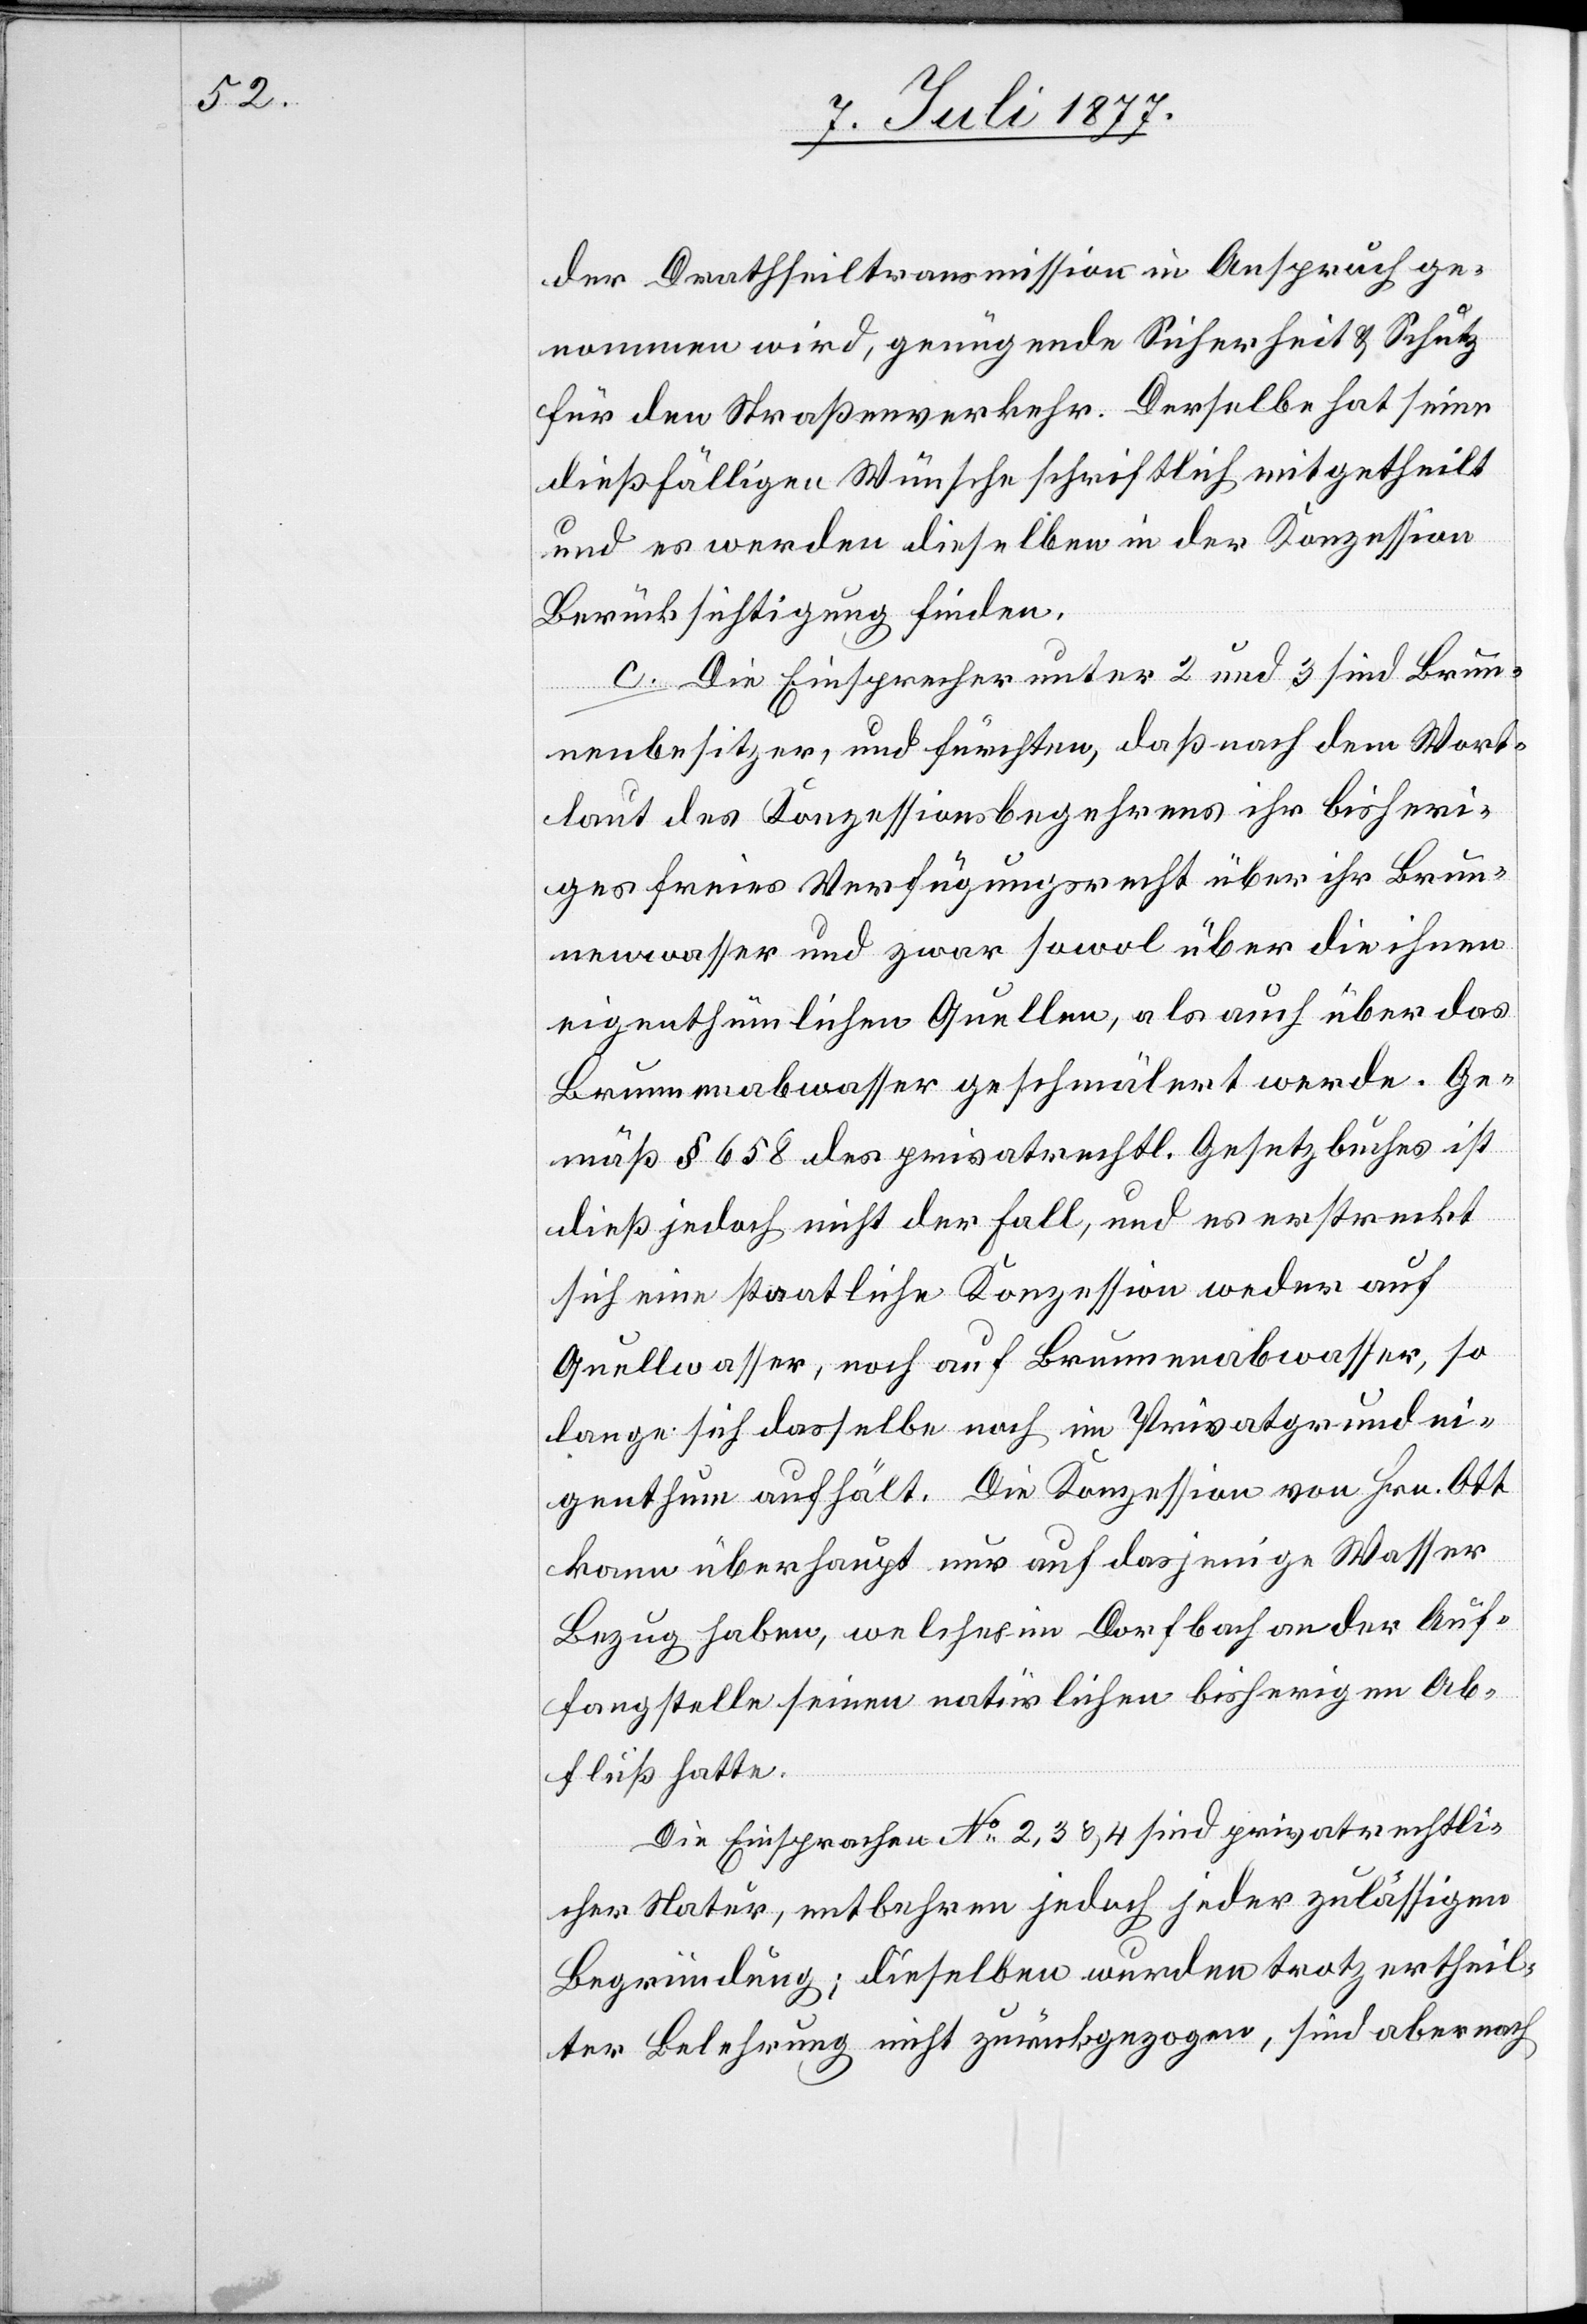
der Drathseiltransmission in Anspruch ge¬
nommen wird, genügende Sicherheit & Schutz
für den Straßenverkehr. Derselbe hat seine
dießfälligen Wünsche schriftlich mitgetheilt
und es werden dieselben in der Konzession
Berücksichtigung finden.
c. Die Einsprecher unter 2 und 3 sind Brun¬
nenbesitzer, und fürchten, daß nach dem Wort¬
laut des Konzessionsbegehrens ihr bisheri¬
ges freies Verfügungsrecht über ihr Brun¬
nenwasser und zwar sowol über die ihnen
eigenthümlichen Quellen, als auch über das
Brunnenabwasser geschmälert werde. Ge¬
mäß § 658 des privatrechtl. Gesetzbuches ist
dieß jedoch nicht der Fall, und es erstreckt
sich eine staatliche Konzession weder auf
Quellwasser, noch auf Brunnenabwasser, so
lange sich dasselbe noch im Privatgrundei¬
genthum aufhält. Die Konzession von Hrn. Ott
kann überhaupt nur auf dasjenige Wasser
Bezug haben, welches im Dorfbach an der Auf¬
fangstelle seinen natürlichen bisherigen Ab¬
fluß hatte.
Die Einsprachen No 2, 3 & 4 sind privatrechtli¬
cher Natur, entbehren jedoch jeder zulässigen
Begründung; dieselben wurden trotz ertheil¬
ter Belehrung nicht zurückgezogen, sind aber nach